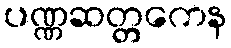
ပဏ္ဏဆတ္တကေန